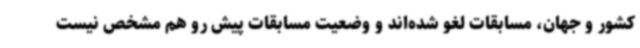
کشور و جهان، مسابقات لغو شده‌اند و وضعیت مسابقات پیش رو هم مشخص نیست